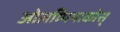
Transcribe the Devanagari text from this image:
ओलम्पियाकोस्